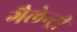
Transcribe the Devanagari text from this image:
गैलेन्ट्री